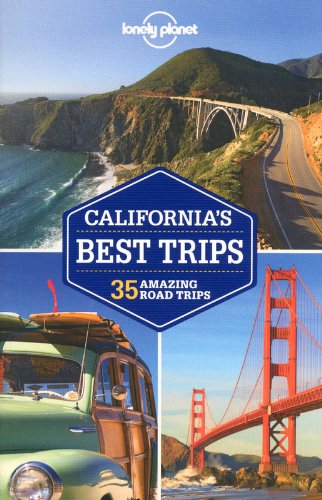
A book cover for Lonely Planet California's Best Trips (Travel Guide); Sara Benson; Travel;